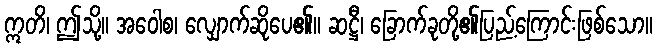
ဣတိ၊ ဤသို့။ အဝေါစ၊ လျှောက်ဆိုပေ၏။ ဆဋ္ဌီ၊ ခြောက်ခုတို့၏ပြည့်ကြောင်းဖြစ်သော။